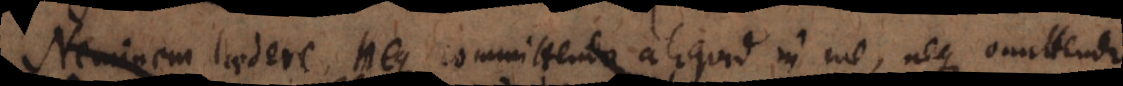
Neminem laedere, neque committendo aliquid in me, neque omittend